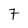
Character: 7